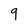
Character: 9